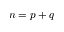
n = p + q